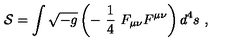
{ \cal S } = \int \sqrt { - g } \left( - \ \frac { 1 } { 4 } \ F _ { \mu \nu } F ^ { \mu \nu } \right) d ^ { 4 } s \ ,